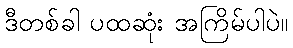
ဒီတစ်ခါ ပထဆုံး အကြိမ်ပါပဲ။